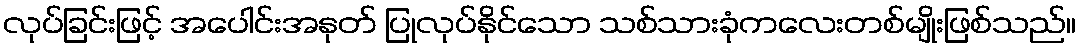
လုပ်ခြင်းဖြင့် အပေါင်းအနုတ် ပြုလုပ်နိုင်သော သစ်သားခုံကလေးတစ်မျိုးဖြစ်သည်။